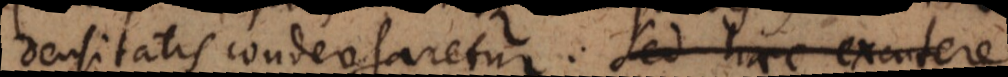
densitatis condensaretur. Sed haec excutere